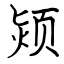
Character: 颎